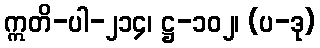
ဣတိ-ပါ-၂၁၄၊ ဋ္ဌ-၁၀၂၊ (ပ-ဒု)